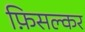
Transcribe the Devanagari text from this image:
फ़िसल्कर